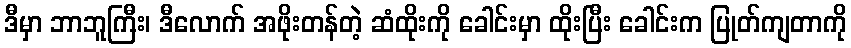
ဒီမှာ ဘာဘူကြီး၊ ဒီလောက် အဖိုးတန်တဲ့ ဆံထိုးကို ခေါင်းမှာ ထိုးပြီး ခေါင်းက ပြုတ်ကျတာကို